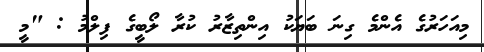
މިއަހަރުގެ އެންމެ ގިނަ ބަޔަކު އިންތިޒާރު ކުރާ ލޯބީގެ ފިލްމު : "މީ